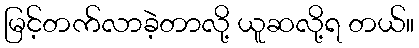
မြင့်တက်လာခဲ့တာလို့ ယူဆလို့ရ တယ်။